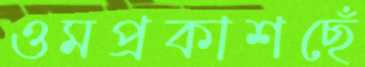
ওমপ্রকাশছেঁ